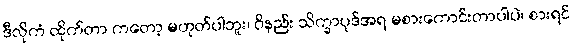
ဒီလိုကံ ထိုက်တာ ကတော့ မဟုတ်ပါဘူး၊ ဝိနည်း သိက္ခာပုဒ်အရ မစားကောင်းတာပါပဲ၊ စားရင်